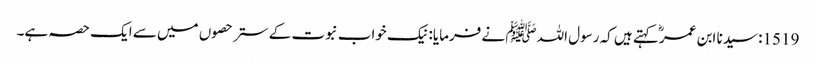
1519: سیدنا ابن عمرؓ کہتے ہیں کہ رسول اللہﷺ نے فرمایا: نیک خواب نبوت کے ستر حصوں میں سے ایک حصہ ہے۔